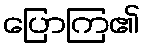
ပြောကြ၏